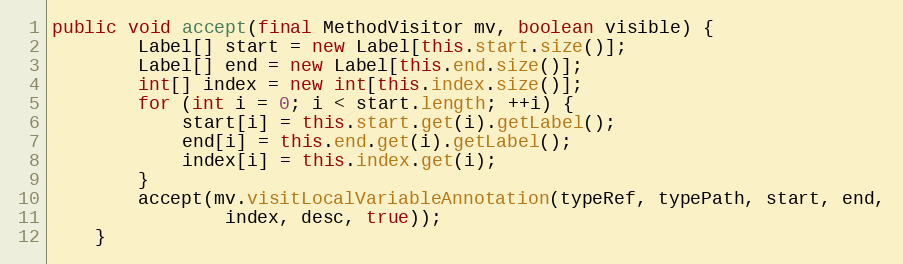
Language: Java
public void accept(final MethodVisitor mv, boolean visible) {
        Label[] start = new Label[this.start.size()];
        Label[] end = new Label[this.end.size()];
        int[] index = new int[this.index.size()];
        for (int i = 0; i < start.length; ++i) {
            start[i] = this.start.get(i).getLabel();
            end[i] = this.end.get(i).getLabel();
            index[i] = this.index.get(i);
        }
        accept(mv.visitLocalVariableAnnotation(typeRef, typePath, start, end,
                index, desc, true));
    }